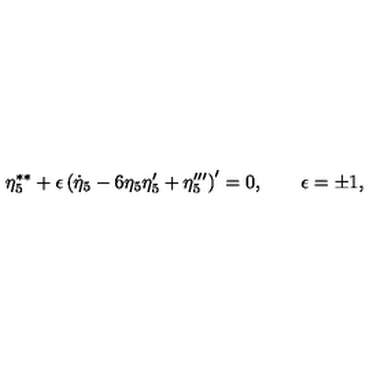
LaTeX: \eta _ { 5 } ^ { \ast \ast } + \epsilon \left( \dot { \eta } _ { 5 } - 6 \eta _ { 5 } \eta _ { 5 } ^ { \prime } + \eta _ { 5 } ^ { \prime \prime \prime } \right) ^ { \prime } = 0 , \qquad \epsilon = \pm 1 ,